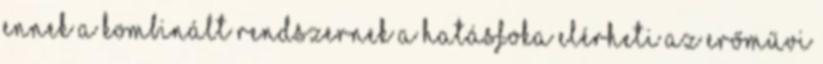
ennek a kombinált rendszernek a hatásfoka elérheti az erőművi